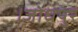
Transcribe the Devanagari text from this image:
।जोधपुर